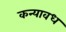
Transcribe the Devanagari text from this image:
कन्यावध